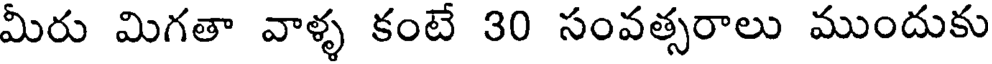
మీరు మిగతా వాళ్ళ కంటే 30 సంవత్సరాలు ముందుకు